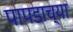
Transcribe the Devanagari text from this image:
पापडाच्या